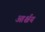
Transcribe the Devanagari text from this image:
आर्श्चय